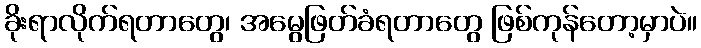
ခိုးရာလိုက်ရတာတွေ၊ အမွေဖြတ်ခံရတာတွေ ဖြစ်ကုန်တော့မှာပဲ။